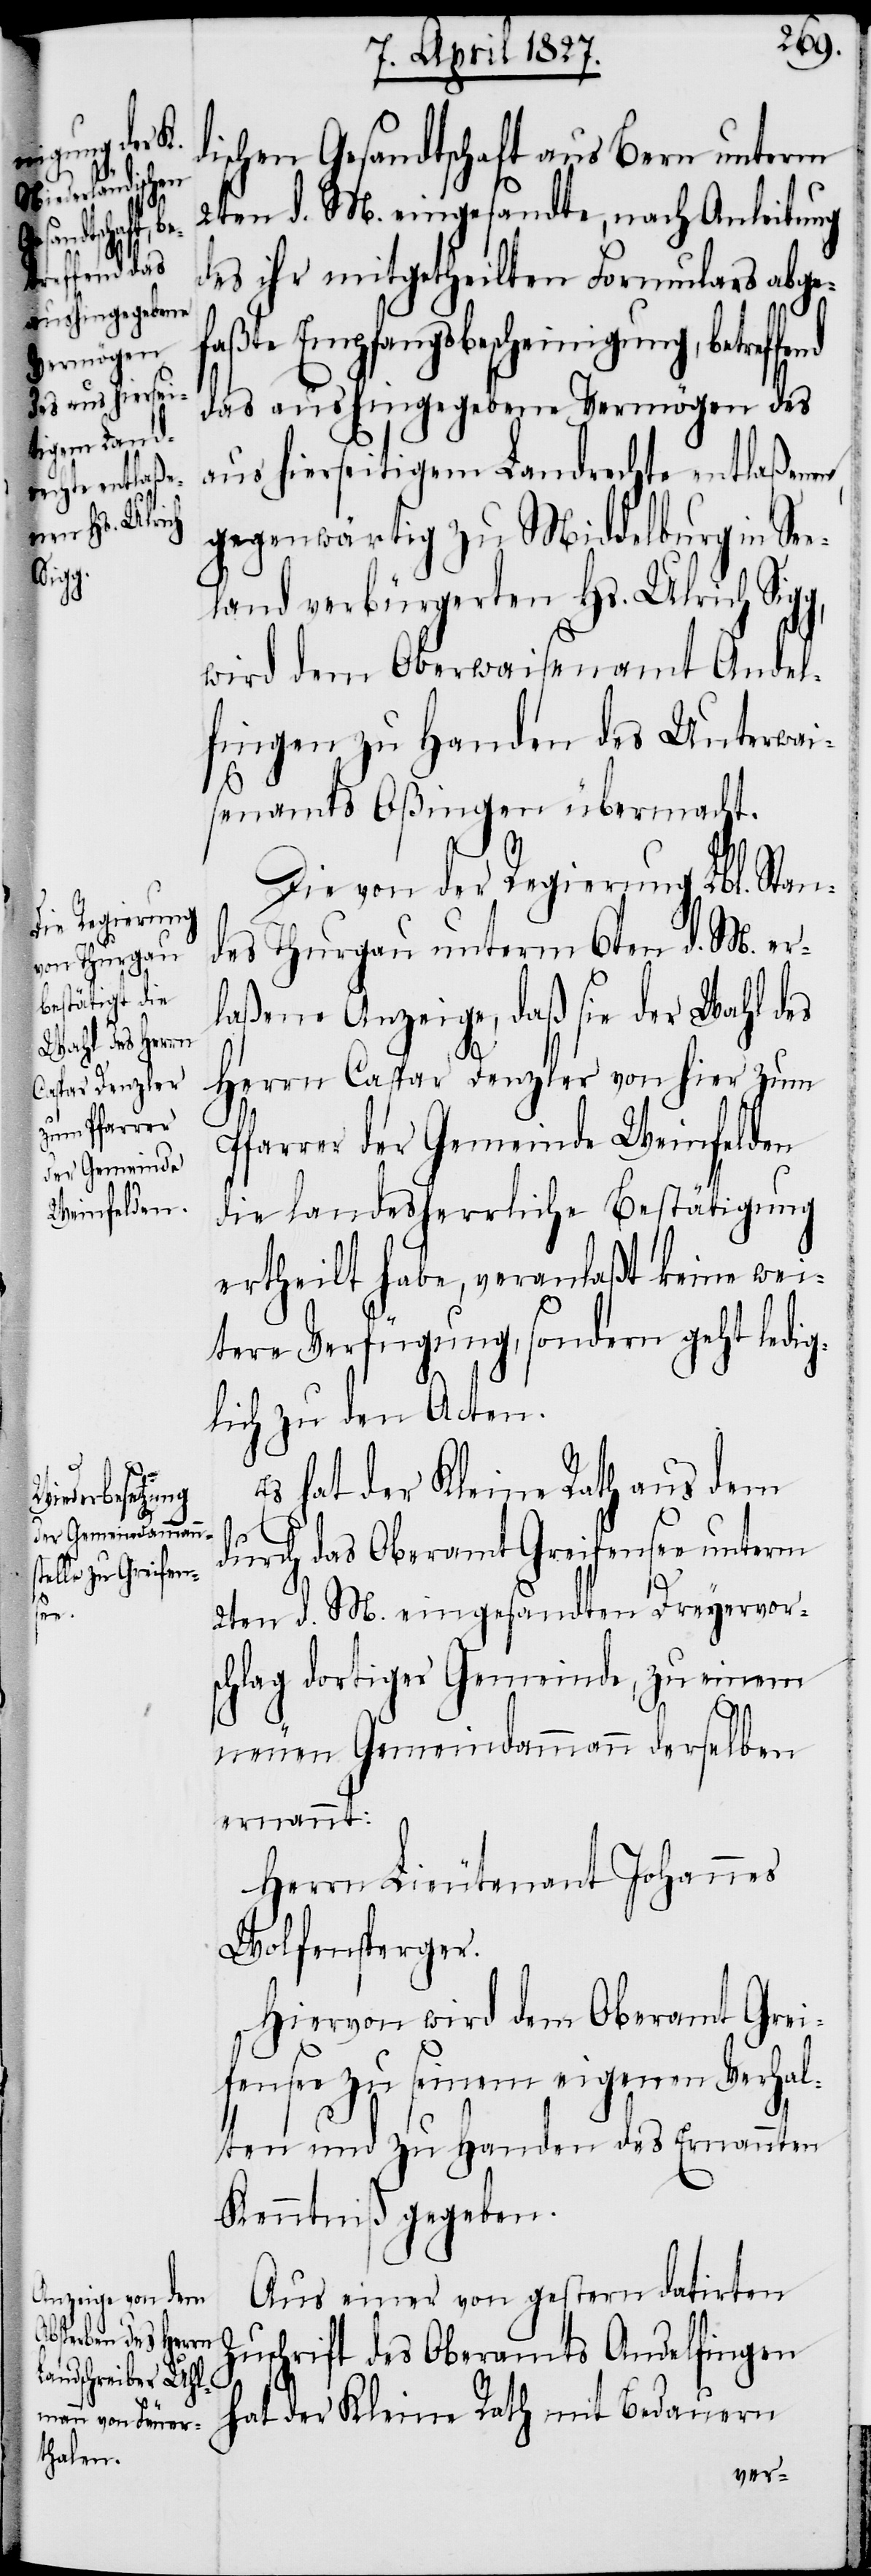
effend

ischen Gesandtschaft aus Bern unterm
2ten d. M. eingesandte, nach Anleitung
des ihr mitgetheilten Formulars abge¬
faßte Empfangsbescheinigung, betr¬
das aushingegebene Vermögen des
aus hierseitigem Landrechte entlaßene,
gegenwärtig zu Middelburg in See¬
land verbürgerten Hs. Ulrich Sig¬
wird dem Oberwaisenamt Andel¬
fingen zu Handen des Unterwai¬
senamts Oßingen übermacht.
g,
Die von der Regierung Lbl. Stan¬
des Thurgau unterm 6ten d. M. er¬
laßene Anzeige, daß sie der Wahl des
Herrn Caspar Denzler von hier zum
Pfarrer der Gemeinde Weinfelden
die landesherrliche Bestätigung
ertheilt habe, veranlaßt keine wei¬
tere Verfügung, sondern geht ledig¬
lich zu den Acten.
Es hat der Kleine Rath aus dem
durch das Oberamt Greifensee unterm
2ten d. M. eingesandten Dreyervor¬
schlag dortiger Gemeinde, zu einem
neuen Gemeindammann derselben
ernannt:
Herrn Lieutenant Johannes
Wolfensperger.
Hiervon wird dem Oberamt Grei¬
fensee zu seinem eigenen Verhal¬
ten und zu Handen des Ernannten
Kenntniß gegeben.
Aus einer von gestern datirten
Zuschrift des Oberamts Andelfingen
hat der Kleine Rath mit Bedauern